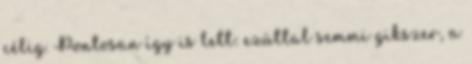
célig. Pontosan így is lett: ezúttal semmi gikszer, a